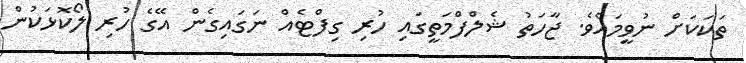
ތަކަކަށް ނުވީމައެވެ. ޖާހަތު ޝެލްފްމަތީގައި ހުރި ގިފްޓެއް ނަގައިގެން އޭގެ ހުރި ލޯކޮޅަކުން